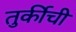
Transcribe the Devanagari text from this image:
तुर्कीची